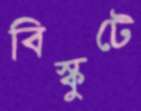
বিস্কুটে